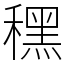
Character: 䆀